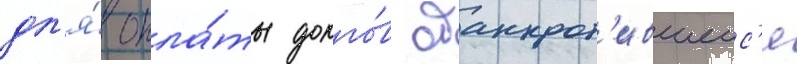
дл'я́ опла́ты долго́в обанкрот'ившеис'я